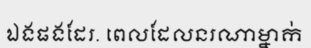
ឯងផងដែរ. ពេលដែលនរណាម្នាក់